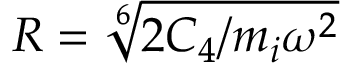
R = \sqrt [ 6 ] { 2 C _ { 4 } / m _ { i } \omega ^ { 2 } }